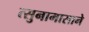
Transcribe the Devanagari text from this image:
त्सुनामासाने